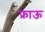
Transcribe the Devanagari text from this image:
फ्राऊ